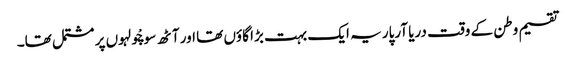
تقسیم وطن کے وقت دریا آرپار یہ ایک بہت بڑا گاؤں تھا اور آٹھ سو چْولہوں پر مشتمل تھا۔